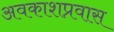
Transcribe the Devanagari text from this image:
अवकाशप्रवास